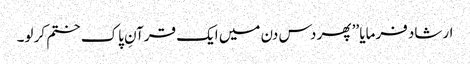
ارشاد فرمایا ’’ پھر دس دن میں ایک قرآنِ پاک ختم کر لو۔